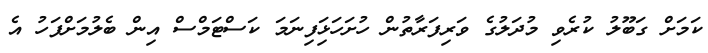
ކަމަށް ގަބޫލު ކުރެވި މުދަލުގެ ވަރިފަރާތުން ހުށަހަޅަިފިނަމަ ކަސްޓަމްސް އިން ބެލުމަށްފަހު އެ